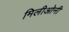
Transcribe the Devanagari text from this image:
मिलीओनी